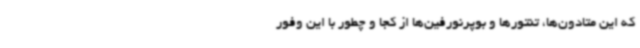
که این متادون‌ها،‌ تنتورها و بوپرنورفین‌ها از کجا و چطور با این وفور